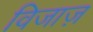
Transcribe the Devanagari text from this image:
विजाज़